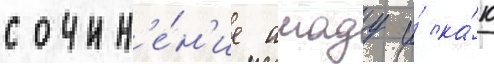
сочин'е́н'ие амаду и́ ка́к